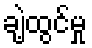
ချဲ့ထွင်မှု